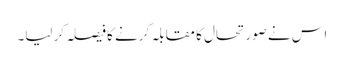
اس نے صورتحال کا مقابلہ کرنے کا فیصلہ کر لیا۔